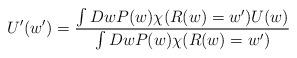
LaTeX: \begin{align*}U'(w')=\frac{\int Dw P(w)\chi (R(w)=w')U(w)}{\int Dw P(w)\chi (R(w)=w')}\end{align*}